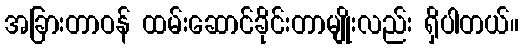
အခြားတာဝန် ထမ်းဆောင်ခိုင်းတာမျိုးလည်း ရှိပါတယ်။